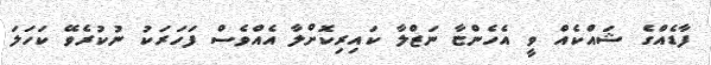
ފާޑެއްގެ ޝައްކެއް ވީ އެހެންޏާ ނަޒްލާ ކައިރިކޮށްލާ އެއްވެސް ފަހަރަކު ނުކުރެވޭ ކަހަލަ